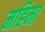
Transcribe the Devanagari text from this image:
महिमा